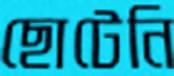
ছোটেনি